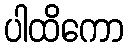
ပါထိကော